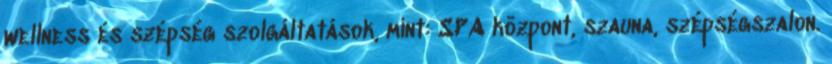
wellness és szépség szolgáltatások, mint: SPA központ, szauna, szépségszalon.